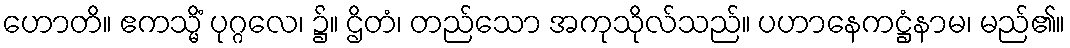
ဟောတိ။ ဧကသ္မိံ ပုဂ္ဂလေ၊ ၌။ ဌိတံ၊ တည်သော အကုသိုလ်သည်။ ပဟာနေကဋ္ဌံနာမ၊ မည်၏။